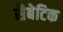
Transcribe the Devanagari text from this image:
सैबेटिक